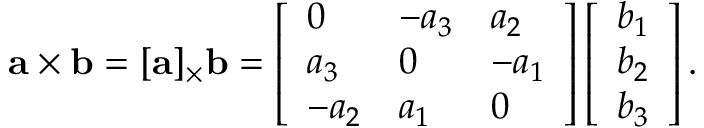
\mathbf { a } \times \mathbf { b } = [ \mathbf { a } ] _ { \times } \mathbf { b } = \left[ \begin{array} { l l l } { 0 } & { - a _ { 3 } } & { a _ { 2 } } \\ { a _ { 3 } } & { 0 } & { - a _ { 1 } } \\ { - a _ { 2 } } & { a _ { 1 } } & { 0 } \end{array} \right] \left[ \begin{array} { l } { b _ { 1 } } \\ { b _ { 2 } } \\ { b _ { 3 } } \end{array} \right] .